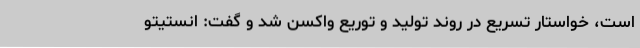
است، خواستار تسریع در روند تولید و توریع واکسن شد و گفت: انستیتو